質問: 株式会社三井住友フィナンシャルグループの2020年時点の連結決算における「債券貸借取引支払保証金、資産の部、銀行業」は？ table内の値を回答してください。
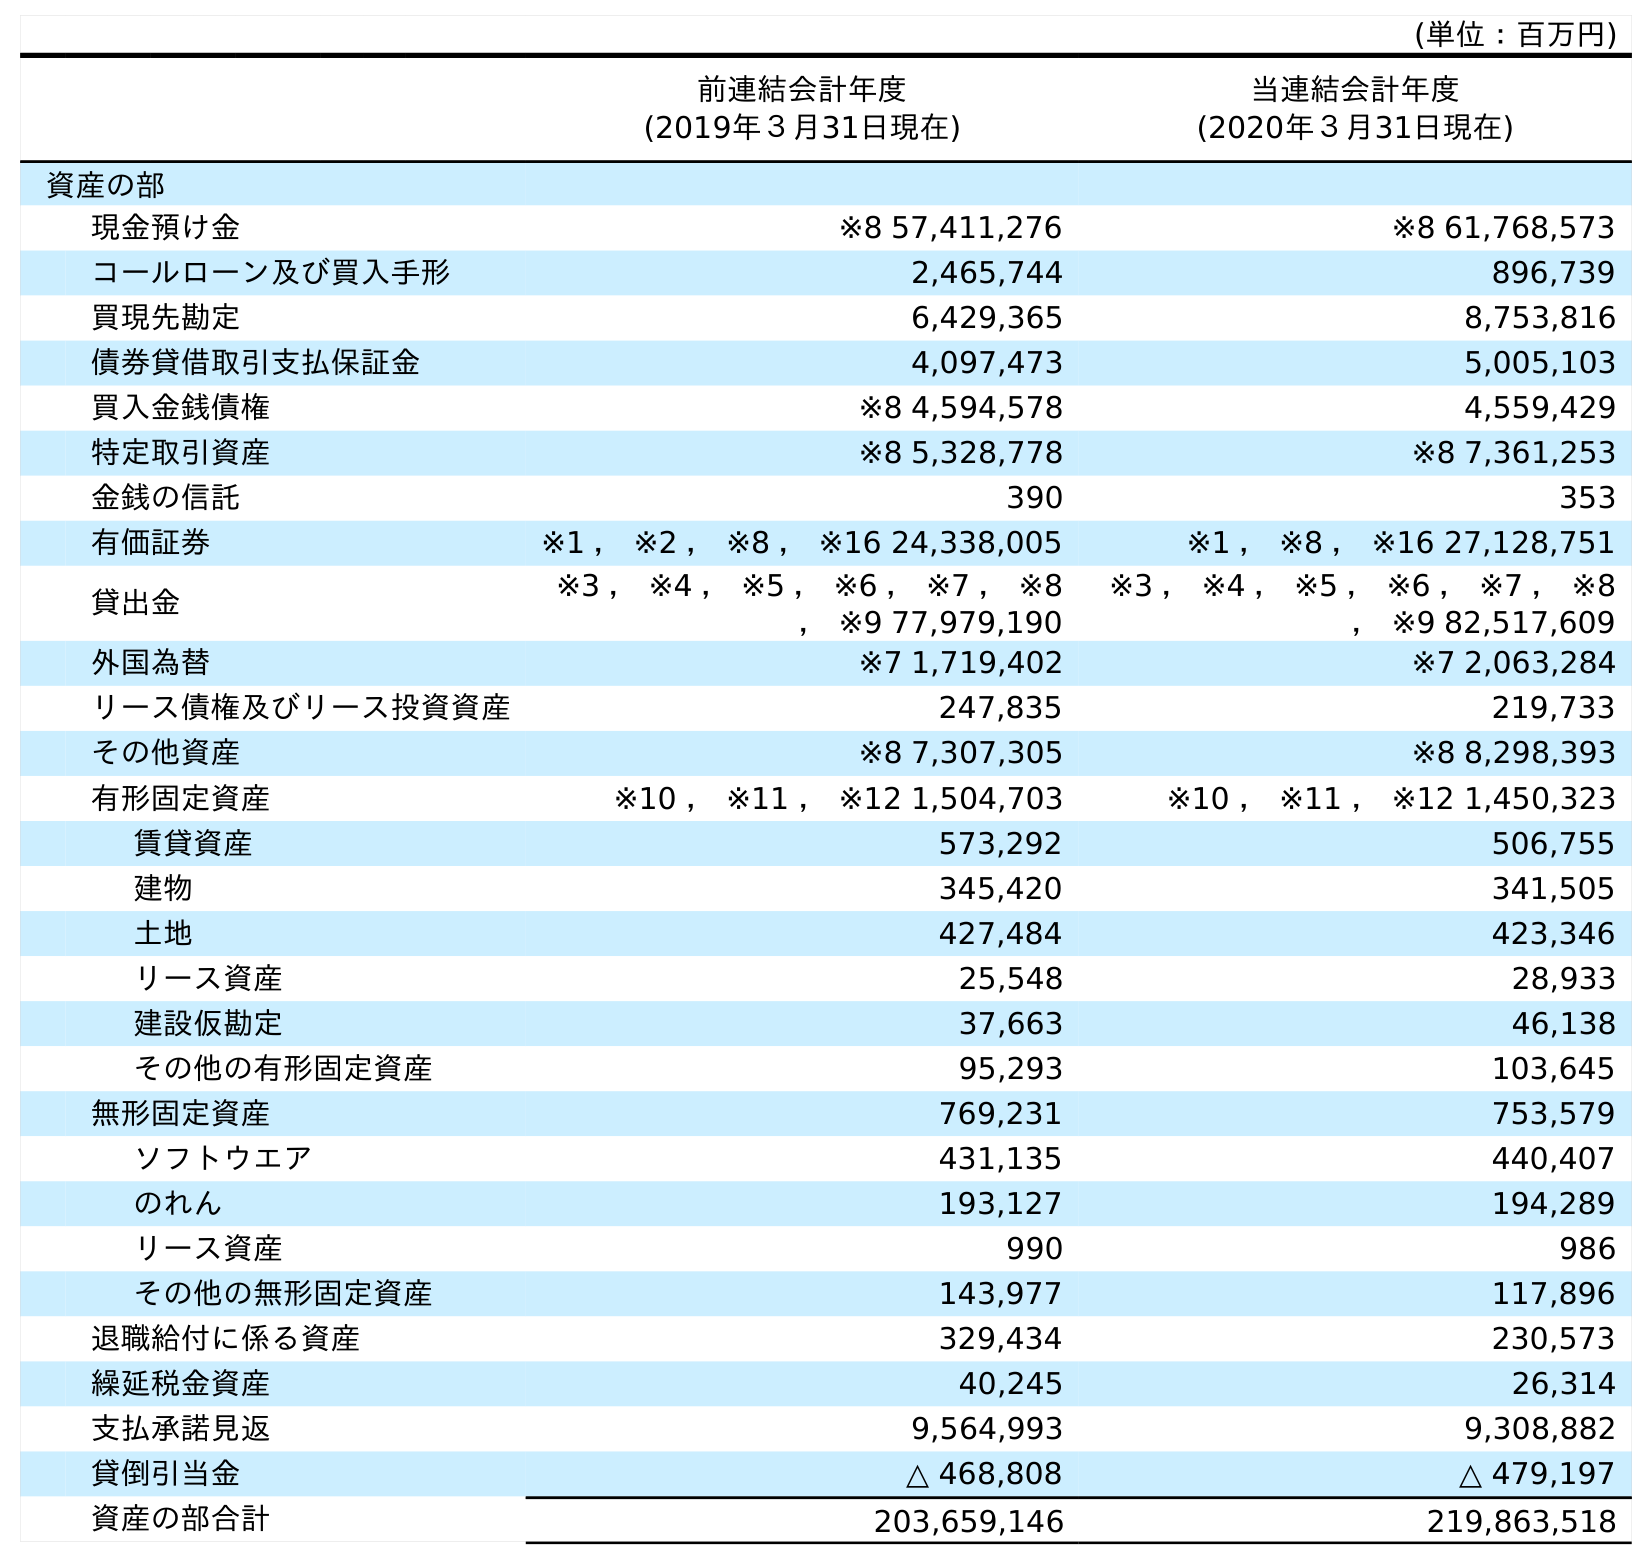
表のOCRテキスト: (単位：百万円) 前連結会計年度 (2019年３月31日現在) 当連結会計年度 (2020年３月31日現在) 資産の部 現金預け金 ※8 57,411,276 ※8 61,768,573 コールローン及び買入手形 2,465,744 896,739 買現先勘定 6,429,365 8,753,816 債券貸借取引支払保証金 4,097,473 5,005,103 買入金銭債権 ※8 4,594,578 4,559,429 特定取引資産 ※8 5,328,778 ※8 7,361,253 金銭の信託 390 353 有価証券 ※1 ， ※2 ， ※8 ， ※16 24,338,005 ※1 ， ※8 ， ※16 27,128,751 貸出金 ※3 ， ※4 ， ※5 ， ※6 ， ※7 ， ※8 ， ※9 77,979,190 ※3 ， ※4 ， ※5 ， ※6 ， ※7 ， ※8 ， ※9 82,517,609 外国為替 ※7 1,719,402 ※7 2,063,284 リース債権及びリース投資資産 247,835 219,733 その他資産 ※8 7,307,305 ※8 8,298,393 有形固定資産 ※10 ， ※11 ， ※12 1,504,703 ※10 ， ※11 ， ※12 1,450,323 賃貸資産 573,292 506,755 建物 345,420 341,505 土地 427,484 423,346 リース資産 25,548 28,933 建設仮勘定 37,663 46,138 その他の有形固定資産 95,293 103,645 無形固定資産 769,231 753,579 ソフトウエア 431,135 440,407 のれん 193,127 194,289 リース資産 990 986 その他の無形固定資産 143,977 117,896 退職給付に係る資産 329,434 230,573 繰延税金資産 40,245 26,314 支払承諾見返 9,564,993 9,308,882 貸倒引当金 △ 468,808 △ 479,197 資産の部合計 203,659,146 219,863,518
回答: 5,005,103